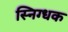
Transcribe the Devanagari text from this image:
स्निग्धक